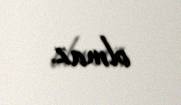
olmaz.